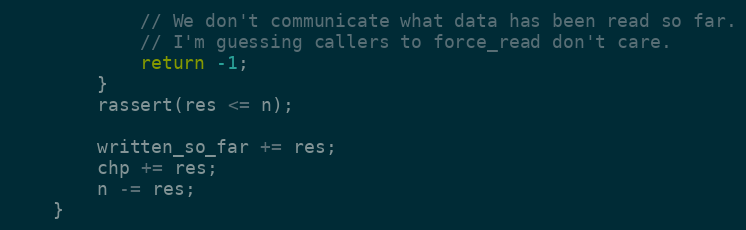
Language: C++
            // We don't communicate what data has been read so far.
            // I'm guessing callers to force_read don't care.
            return -1;
        }
        rassert(res <= n);

        written_so_far += res;
        chp += res;
        n -= res;
    }